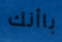
باأنك